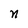
Character: n